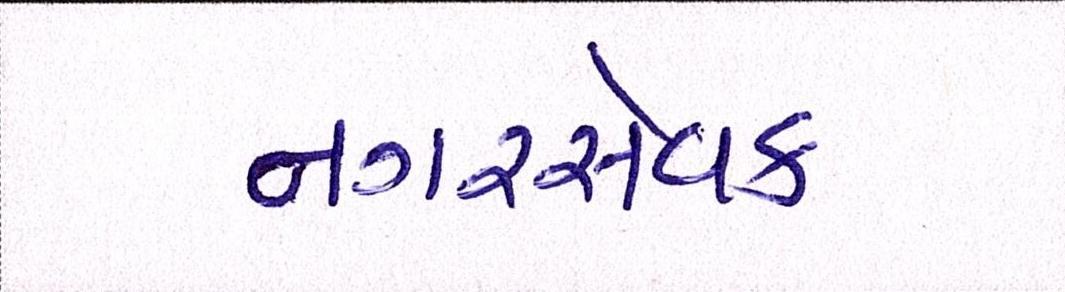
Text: નગરસેવક